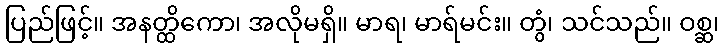
ပြည်ဖြင့်။ အနတ္ထိကော၊ အလိုမရှိ။ မာရ၊ မာရ်မင်း။ တွံ၊ သင်သည်။ ဝစ္ဆ၊